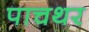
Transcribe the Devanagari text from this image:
पाचथर